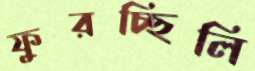
ফুরচ্ছিলি